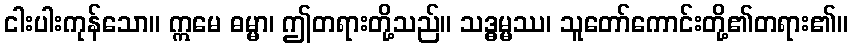
ငါးပါးကုန်သော။ ဣမေ ဓမ္မာ၊ ဤတရားတို့သည်။ သဒ္ဓမ္မဿ၊ သူတော်ကောင်းတို့၏တရား၏။